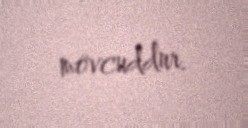
mövcuddur.